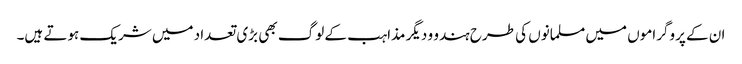
ان کے پروگراموں میں مسلمانوں کی طرح ہندو و دیگر مذاہب کے لوگ بھی بڑی تعداد میں شریک ہوتے ہیں۔